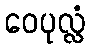
ဝေပုလ္လံ